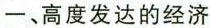
一、高度发达的经济